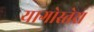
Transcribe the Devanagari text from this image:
यागोस्तेरा